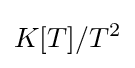
K[T]/T^{2}